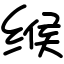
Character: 缑